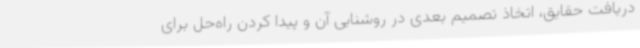
دریافت حقایق، اتخاذ تصمیم بعدی در روشنایی آن و پیدا کردن راه‌حل برای